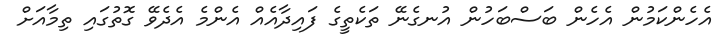
އެހެންކަމުން އެހެން ބަސްބަހުން އުނގެނޭ ތަކެތީގެ ފައިދާއެއް އެންމެ އެދެވޭ ގޮތުގައި ތިމާއަށް